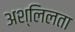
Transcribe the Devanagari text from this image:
अश्लिलता